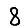
Digit: 8